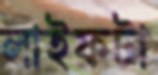
লাইফটা